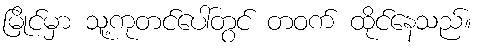
မြိုင်မှာ သူ့ကုတင်ပေါ်တွင် တဝက် ထိုင်နေသည်။